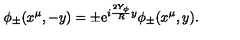
\phi _ { \pm } ( x ^ { \mu } , - y ) = \pm \mathrm { e } ^ { i \frac { 2 Y _ { \phi } } { R } y } \phi _ { \pm } ( x ^ { \mu } , y ) .